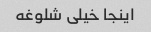
اینجا خیلی شلوغه